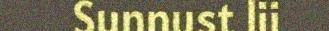
Sunnust lii